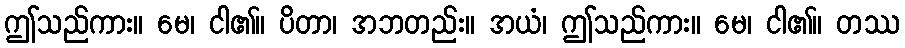
ဤသည်ကား။ မေ၊ ငါ၏။ ပိတာ၊ အဘတည်း။ အယံ၊ ဤသည်ကား။ မေ၊ ငါ၏။ တဿ